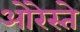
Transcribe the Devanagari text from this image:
ओरेस्ते